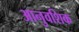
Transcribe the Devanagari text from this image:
आनुवशिक